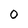
Character: 0